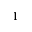
^ 1